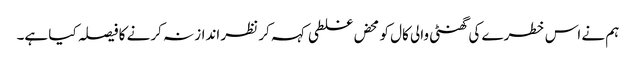
ہم نے اس خطرے کی گھنٹی والی کال کو محض غلطی کہہ کر نظر انداز نہ کرنے کا فیصلہ کیا ہے۔